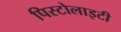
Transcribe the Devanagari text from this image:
पिस्टोलाइटी